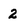
Character: 2